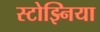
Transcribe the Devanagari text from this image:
स्टोझ्निया